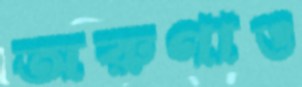
অরুণাও